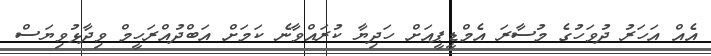
އެއް އަހަރު ދުވަހުގެ މުސާރަ އެމްޑީޕީއަށް ހަދިޔާ ކުރައްވާނެ ކަމަށް އަބްދުއްރަހީމް ވިދާޅުވިޔަސް